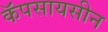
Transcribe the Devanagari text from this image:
कॅपसायसीन